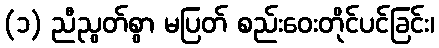
(၁) ညီညွတ်စွာ မပြတ် စည်းဝေးတိုင်ပင်ခြင်း၊